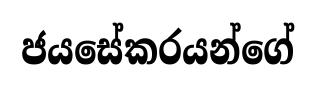
ජයසේකරයන්ගේ